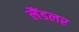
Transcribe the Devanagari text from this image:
लैंडलर